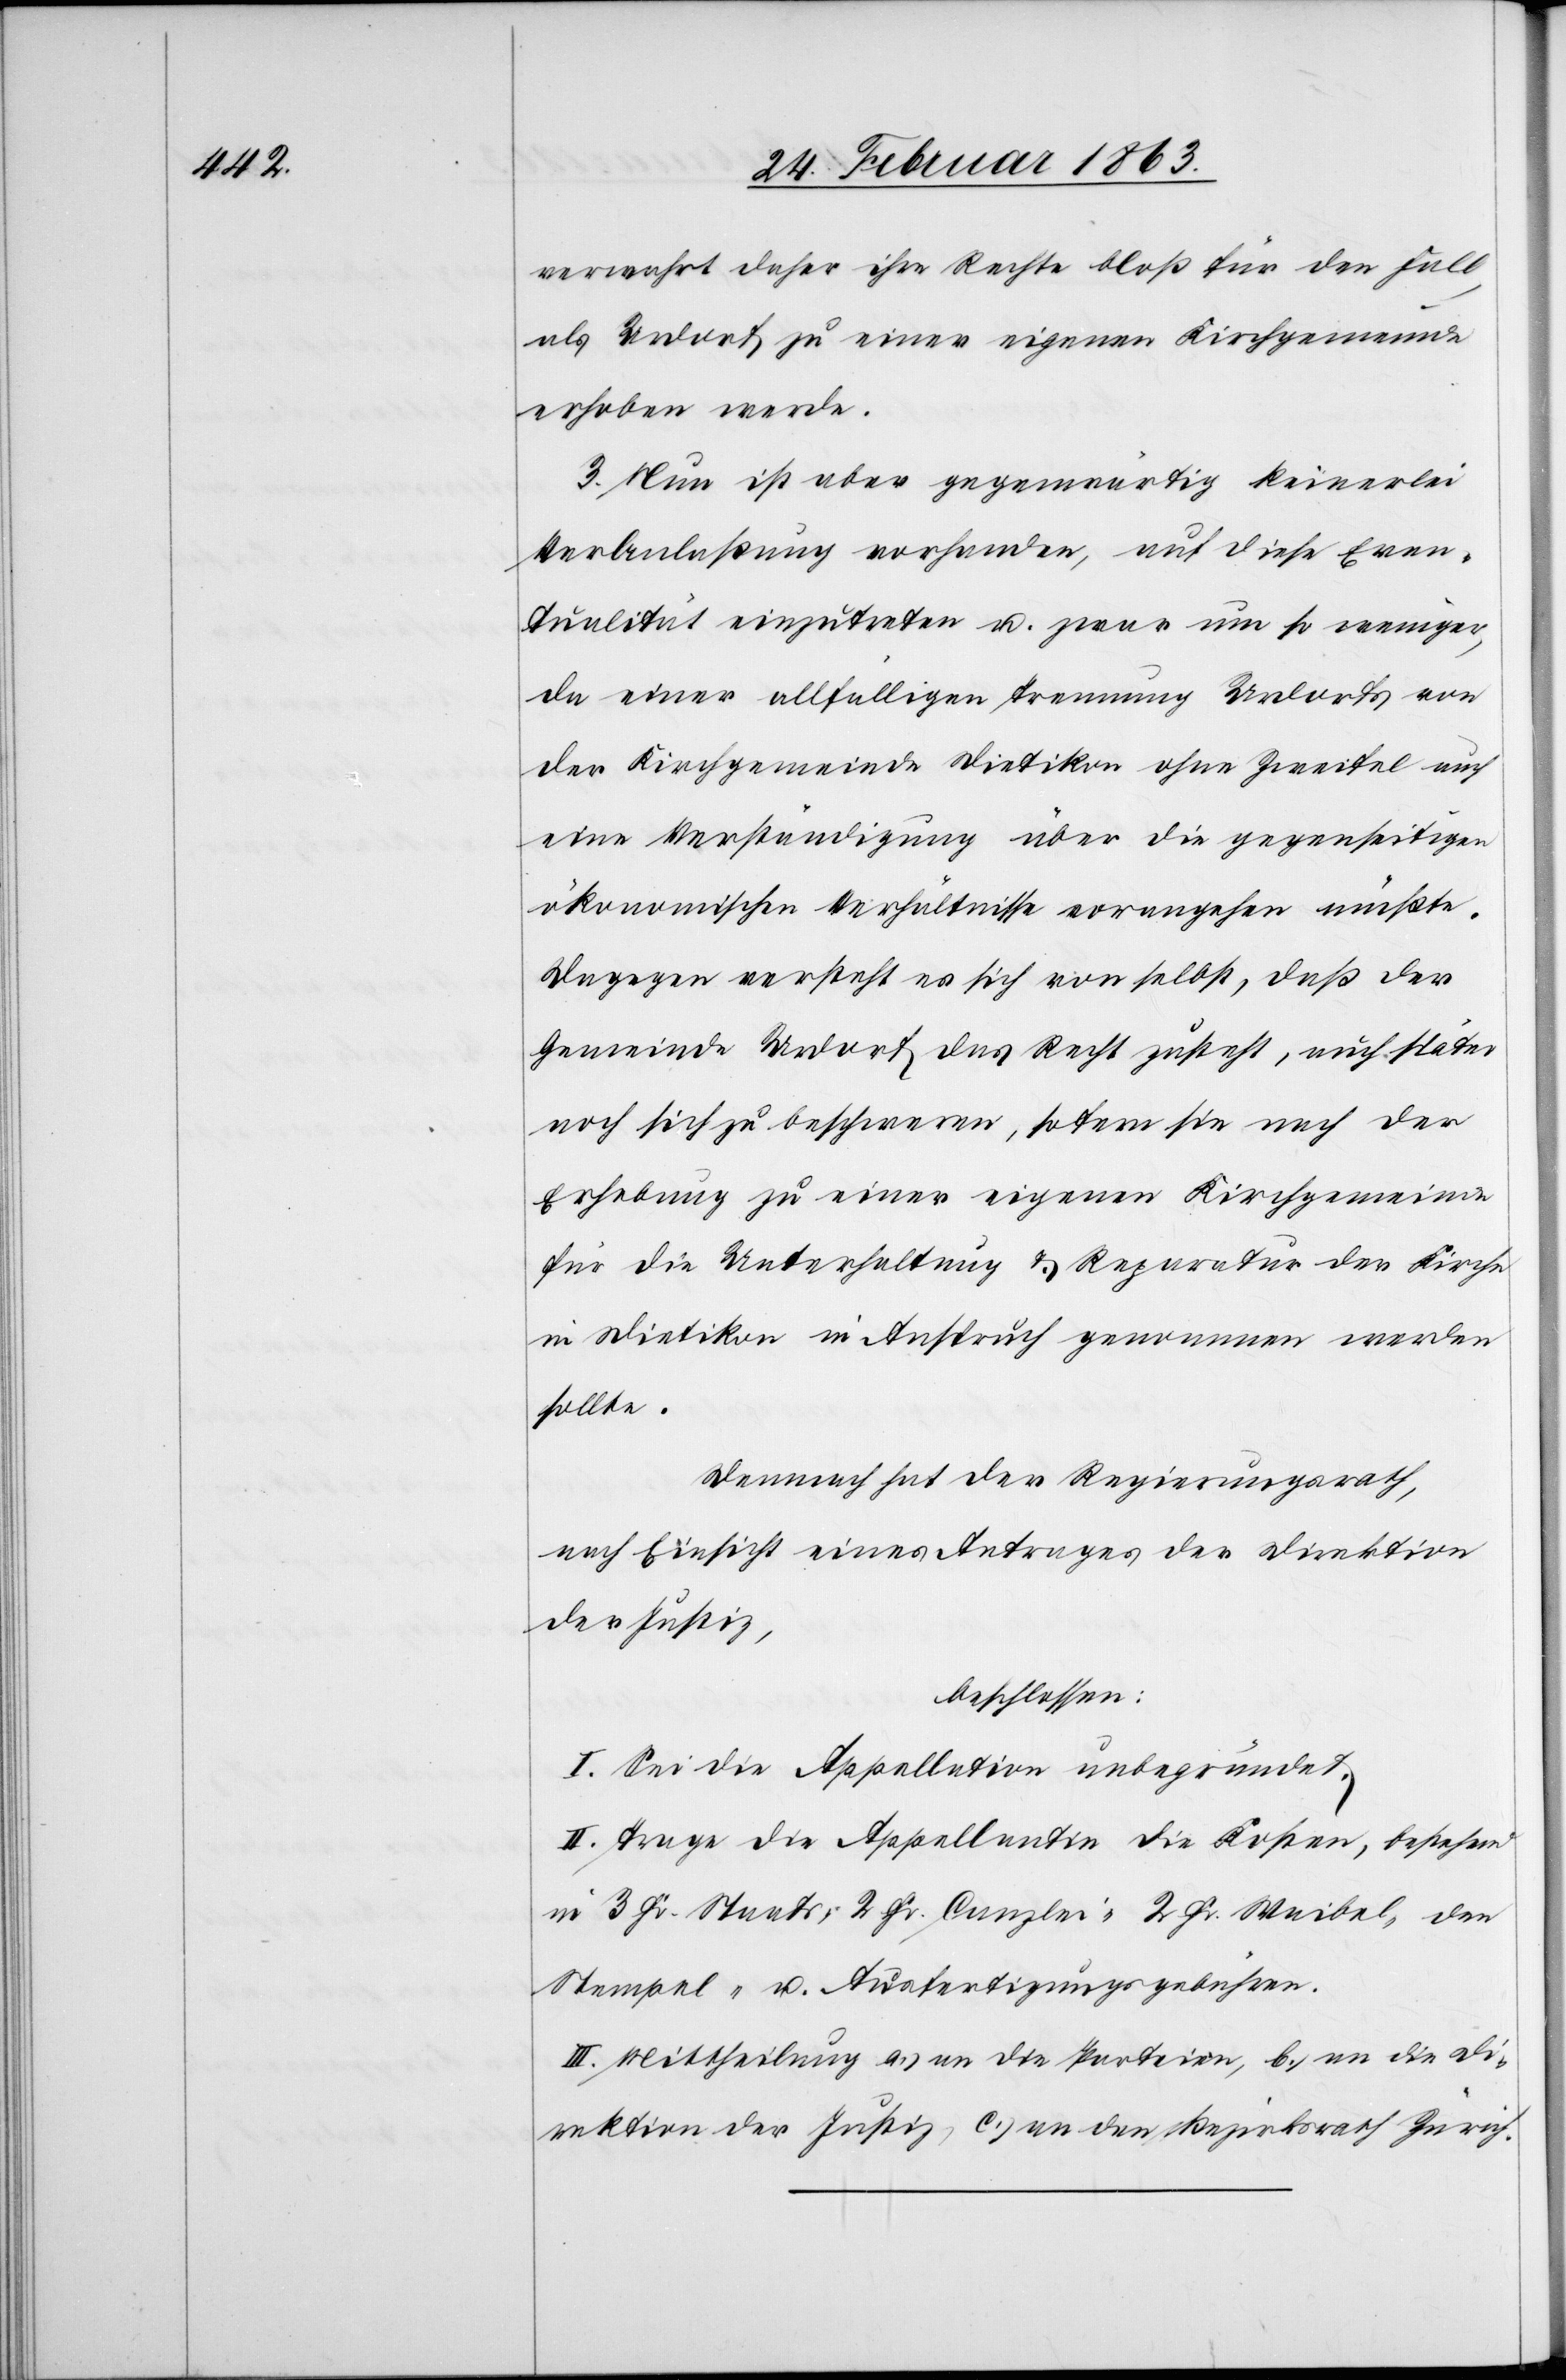
verwahrt daher ihre Rechte bloß für den Fall,
als Urdorf zu einer eigenen Kirchgemeinde
erhoben werde.
3. Nun ist aber gegenwärtig keinerlei
Veranlaßung vorhanden, auf diese Even¬
tualität einzutreten u. zwar um so weniger
da einer allfälligen Trennung Urdorfs von
der Kirchgemeinde Dietikon ohne Zweifel auch
eine Verständigung über die gegenseitigen
ökonomischen Verhältnisse vorangehen müßte.
Dagegen versteht es sich von selbst, daß der
Gemeinde Urdorf das Recht zusteht, auch später
noch sich zu beschweren, sofern sie nach der
Erhebung zu einer eigenen Kirchgemeinde
für die Unterhaltung & Reparatur der Kirche
in Dietikon in Anspruch genommen werden
sollte.
Demnach hat der Regierungsrath,
nach Einsicht eines Antrages der Direktion
der Justiz,
beschlossen:
I. Sei die Appellation unbegründet.
II. Trage die Appellantin die Kosten, bestehend
in 3 Fr. Staats[-], 2 Fr. Canzlei-[,] 2 Fr. Waibel[-], den
Stempel- u. Ausfertigungsgebühren.
III. Mittheilung a.) an die Parteien, b.) an die Di¬
rektion der Justiz, c.) an den Bezirksrath Zürich.